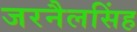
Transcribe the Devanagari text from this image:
जरनैलसिंह